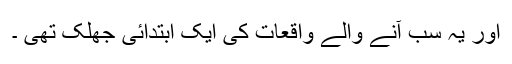
اور یہ سب آنے والے واقعات کی ایک ابتدائی جھلک تھی ۔